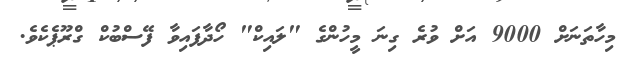
މިހާތަނަށް 9000 އަށް ވުރެ ގިނަ މީހުންގެ "ލައިކް" ހޯދާފައިވާ ފޭސްބުކް ގްރޫޕެކެވެ.